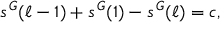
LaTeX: s ^ { \, \cal G } ( \ell - 1 ) + s ^ { \, \cal G } ( 1 ) - s ^ { \, \cal G } ( \ell ) = c ,